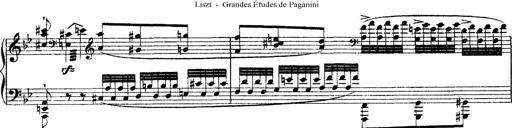
Title: Grandes Ã©tudes de Paganini
Composer: Franz Liszt